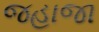
જહાજા